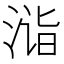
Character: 𣶫